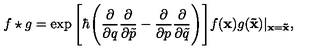
f \star g = \exp \Bigg [ \hbar \Bigg ( \frac { \partial } { \partial q } \frac { \partial } { \partial \tilde { p } } - \frac { \partial } { \partial p } \frac { \partial } { \partial \tilde { q } } \Bigg ) \Bigg ] f ( { \bf x } ) g ( { \bf \tilde { x } } ) \vert _ { { \bf x } = { \bf \tilde { x } } } ,